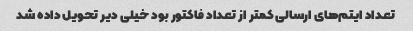
تعداد ایتم‌های ارسالی کمتر از تعداد فاکتور بود خیلی دیر تحویل داده شد